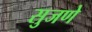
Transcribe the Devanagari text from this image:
सुजणे